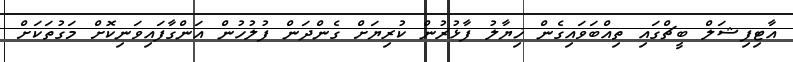
އާޓިފިޝަލް ބީޗްގައި ތިއްބަވައިގެން ޚިޔާލު ފާޅުރުން ކުރިޔަށް ގެންދަން ފުލުހުން އަންގާފައިވަނިކޮށް މަގުތަކަށް